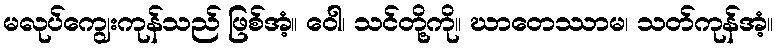
မလုပ်ကျွေးကုန်သည် ဖြစ်အံ့။ ဝေါ၊ သင်တို့ကို။ ဃာတေဿာမ၊ သတ်ကုန်အံ့။